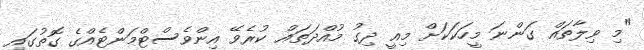
"މި ވިލާތައް ގަންނަ މީހަކަކަށް މިއީ ދިގު މުއްދަތައް ކުރެވޭ އިންވެސްޓްމަންޓެއްގެ ގޮތުގައި